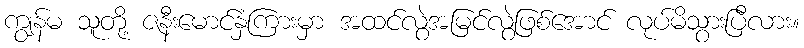
ကျွန်မ သူတို့ ဇနီးမောင်နှံကြားမှာ အထင်လွဲအမြင်လွဲဖြစ်အောင် လုပ်မိသွားပြီလား။